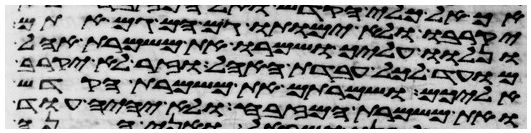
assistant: יקרבו ולא ימותו גם הם גם אתם
ונלוו עליך ושמרו את משמרת אהל
מועד לכל עבדת האהל וזר לא יקרב
אליכם ושמרתם את משמרת הקדש
ואת משמרת המזבח ולא יהיה עוד